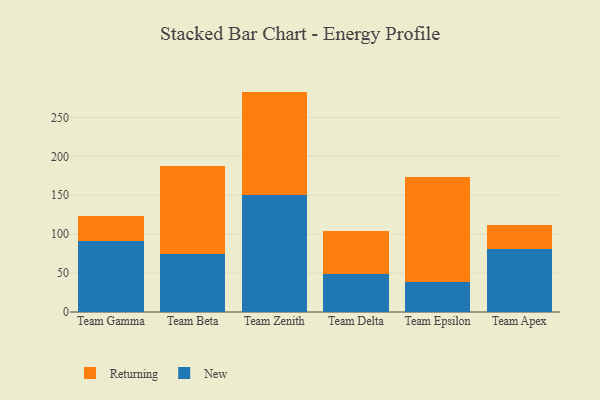
{"axis": {"x": "Team", "y": "Temperature (°C)"}, "legend": ["New", "Returning"], "data": [{"x": "Team Gamma", "y": 91.1, "type": "New"}, {"x": "Team Gamma", "y": 32.1, "type": "Returning"}, {"x": "Team Beta", "y": 74.0, "type": "New"}, {"x": "Team Beta", "y": 112.9, "type": "Returning"}, {"x": "Team Zenith", "y": 150.1, "type": "New"}, {"x": "Team Zenith", "y": 133.0, "type": "Returning"}, {"x": "Team Delta", "y": 48.2, "type": "New"}, {"x": "Team Delta", "y": 56.1, "type": "Returning"}, {"x": "Team Epsilon", "y": 38.1, "type": "New"}, {"x": "Team Epsilon", "y": 135.5, "type": "Returning"}, {"x": "Team Apex", "y": 80.4, "type": "New"}, {"x": "Team Apex", "y": 31.4, "type": "Returning"}]}